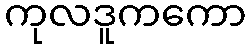
ကုလဒူကကော